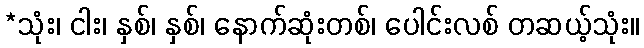
*သုံး၊ ငါး၊ နှစ်၊ နှစ်၊ နောက်ဆုံးတစ်၊ ပေါင်းလစ် တဆယ့်သုံး။